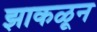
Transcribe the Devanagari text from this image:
झाकळून